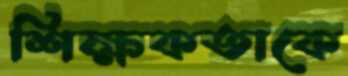
শিক্ষকতাকে